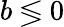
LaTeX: b\lessgtr 0